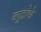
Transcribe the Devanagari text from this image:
ब्लूद्वोर्क